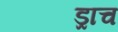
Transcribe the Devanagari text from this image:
ड्राच